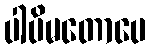
ပါပိမတောပေ